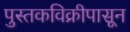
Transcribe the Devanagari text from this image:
पुस्तकविक्रीपासून